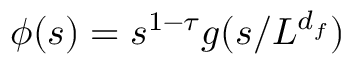
\begin{array} { r } { \phi ( s ) = s ^ { 1 - \tau } g ( s / L ^ { d _ { f } } ) } \end{array}